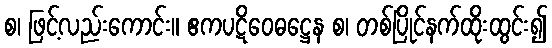
စ၊ ဖြင့်လည်းကောင်း။ ဧကပဋိဝေဓဋ္ဌေန စ၊ တစ်ပြိုင်နက်ထိုးထွင်း၍